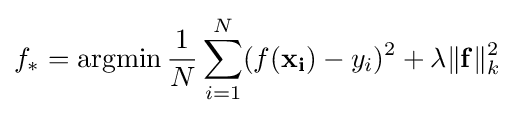
f_{*}=\operatorname {argmin} {\frac {1}{N}}\sum \limits _{i=1}^{N}(f(\mathbf {x_{i}} )-y_{i})^{2}+\lambda \Vert \mathbf {f} \Vert _{k}^{2}